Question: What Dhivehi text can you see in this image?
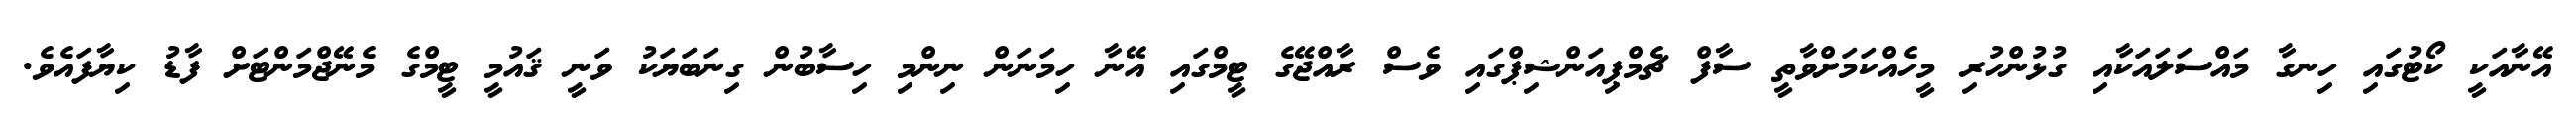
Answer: އޭނާއަކީ ކޯޓުގައި ހިނގާ މައްސަލައަކާއި ގުޅުންހުރި މީހެއްކަމަށްވާތީ ސާފް ޗެމްޕިއަންޝިޕްގައި ވެސް ރާއްޖޭގެ ޓީމްގައި އޭނާ ހިމަނަން ނިންމި ހިސާބުން ގިނަބަޔަކު ވަނީ ޤައުމީ ޓީމްގެ މެނޭޖްމަންޓަށް ފާޑު ކިޔާފައެވެ.